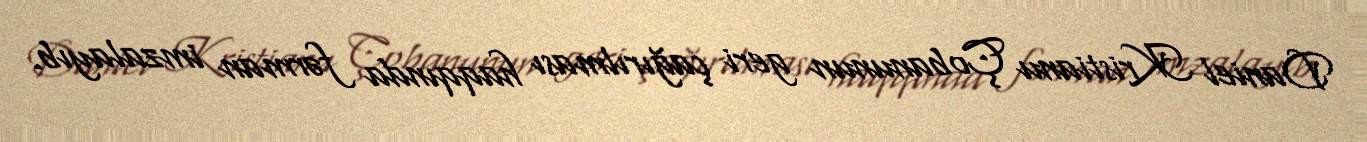
Daniel Kristianu Çobanunun geri çağırılması haqqında fərman imzalayıb.